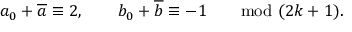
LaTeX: a _ { 0 } + { \overline { { a } } } \equiv 2 , \qquad b _ { 0 } + { \overline { { b } } } \equiv - 1 \qquad \mathrm { m o d } \ ( 2 k + 1 ) .